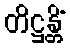
တိဋ္ဌန္တိံ